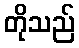
တိုသည်